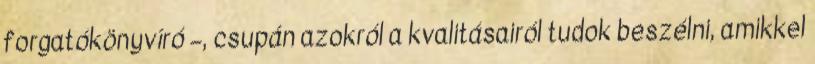
forgatókönyvíró –, csupán azokról a kvalitásairól tudok beszélni, amikkel